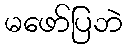
မဖော်ပြဘဲ